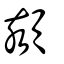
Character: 頦